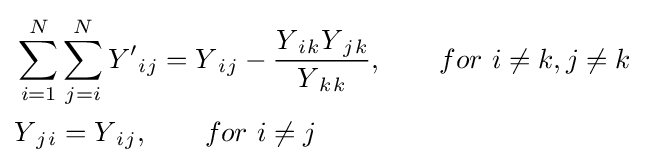
{\begin{aligned}&\sum _{i=1}^{N}\sum _{j=i}^{N}Y'{_{i}}{_{j}}=Y{_{i}}{_{j}}-{\frac {Y{_{i}}{_{k}}Y{_{j}}{_{k}}}{Y{_{k}}{_{k}}}},\qquad for\ i\neq k,j\neq k\\&Y{_{j}}{_{i}}=Y{_{i}}{_{j}},\qquad for\ i\neq j\\\end{aligned}}